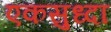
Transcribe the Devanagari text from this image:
एकसुध्दा